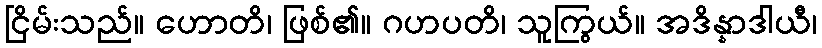
ငြိမ်းသည်။ ဟောတိ၊ ဖြစ်၏။ ဂဟပတိ၊ သူကြွယ်။ အဒိန္နာဒါယီ၊